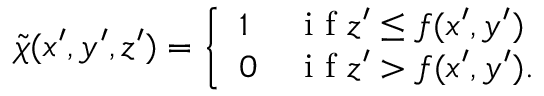
\tilde { \chi } ( x ^ { \prime } , y ^ { \prime } , z ^ { \prime } ) = \left\{ \begin{array} { l l } { 1 } & { \mathrm { ~ i ~ f ~ } z ^ { \prime } \le f ( x ^ { \prime } , y ^ { \prime } ) } \\ { 0 } & { \mathrm { ~ i ~ f ~ } z ^ { \prime } > f ( x ^ { \prime } , y ^ { \prime } ) . } \end{array} \right.